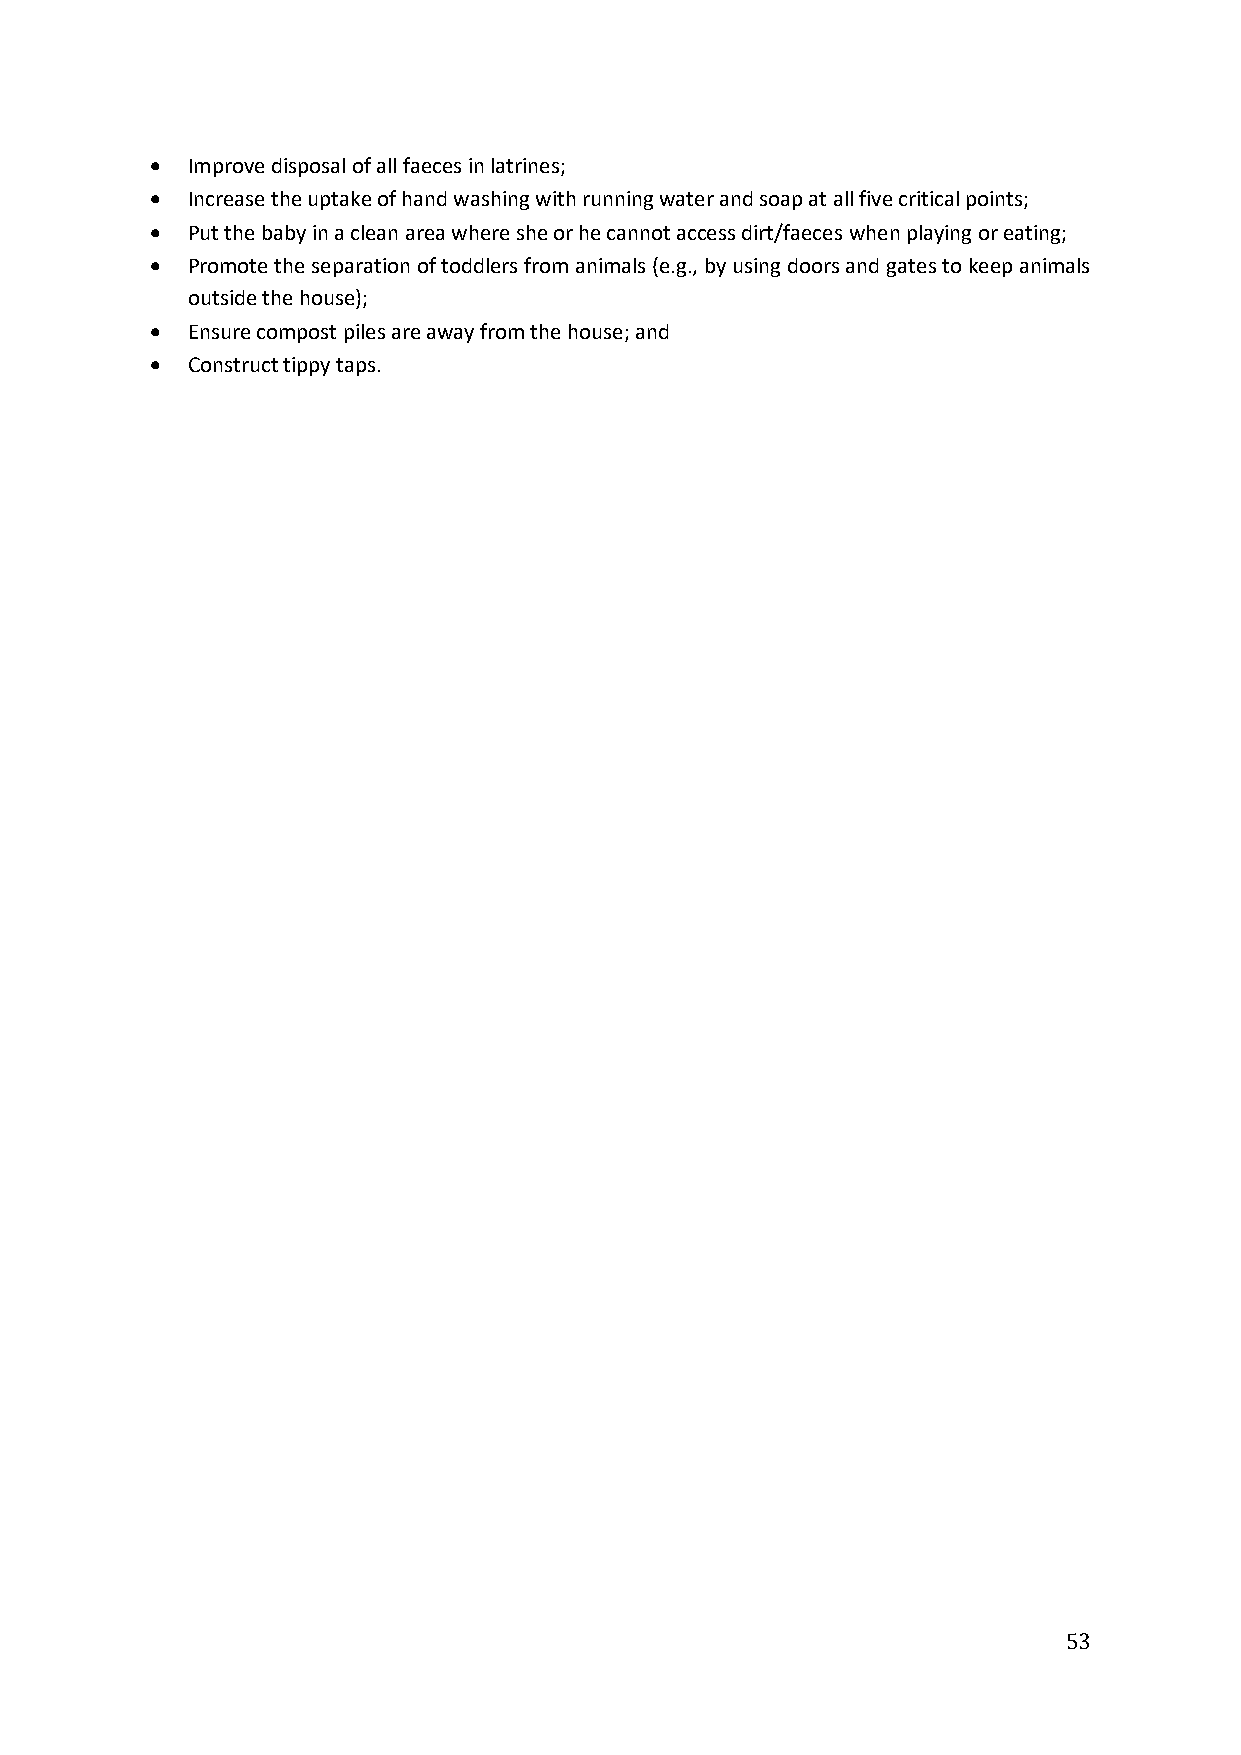
 Improve disposal of all faeces in latrines;
  Increase the uptake of hand washing with running water and soap at all five critical points;
  Put the baby in a clean area where she or he cannot access dirt/faeces when playing or eating;
  Promote the separation of toddlers from animals (e.g., by using doors and gates to keep animals
 outside the house);
  Ensure compost piles are away from the house; and
  Construct tippy taps.
 53